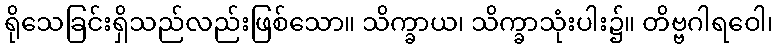
ရိုသေခြင်းရှိသည်လည်းဖြစ်သော။ သိက္ခာယ၊ သိက္ခာသုံးပါး၌။ တိဗ္ဗဂါရဝေါ၊